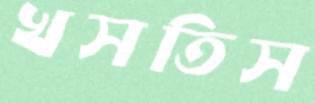
খসতিস